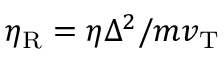
\eta _ { \mathrm { R } } = \eta \Delta ^ { 2 } / m v _ { \mathrm { T } }